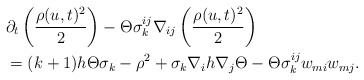
\begin{align*}&\partial_{t}\left(\frac{\rho(u,t)^{2}}{2}\right)-\Theta\sigma^{ij}_{k}\nabla_{ij}\left(\frac{\rho(u,t)^{2}}{2}\right)\\&=(k+1)h\Theta\sigma_{k}-\rho^{2}+\sigma_{k}\nabla_{i}h\nabla_{j}\Theta-\Theta\sigma^{ij}_{k}w_{mi}w_{mj}.\end{align*}